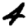
Digit: 4